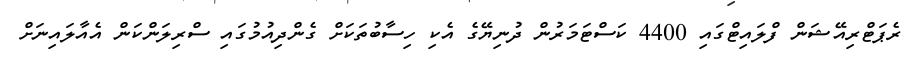
ރެޕަޓްރިއޭޝަން ފްލައިޓްގައި 4400 ކަސްޓަމަރުން ދުނިޔޭގެ އެކި ހިސާބުތަކަށް ގެންދިއުމުގައި ސްރިލަންކަން އެއާލައިނަށް